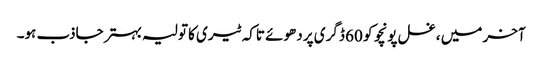
آخر میں ، غسل پونچو کو 60 ڈگری پر دھوئے تاکہ ٹیری کا تولیہ بہتر جاذب ہو۔